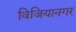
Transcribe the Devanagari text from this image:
विजियानगर